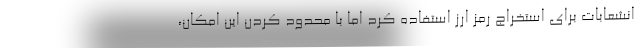
انشعابات برای استخراج رمز ارز استفاده کرد اما با محدود کردن این امکان،